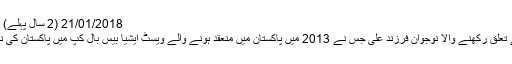
21/01/2018 (2 سال پہلے) 463 کیٹیگری : سپورٹس اور گیمنگ قلم کار : ایڈمن
شرقپور کے محلہ مظفر علی روڈ نزد نیا دروازہ سے تعلق رکھنے والا نوجوان فرزند علی جس نے 2013 میں پاکستان میں منعقد ہونے والے ویسٹ ایشیا بیس بال کپ میں پاکستان کی نمائندگی کرتے ہوئے اس ٹورنامنٹ میں حصہ لیا تھا۔